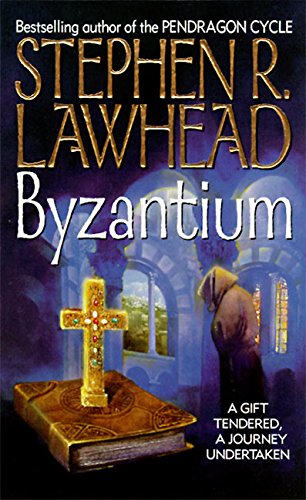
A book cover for Byzantium; Stephen R. Lawhead; Religion & Spirituality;